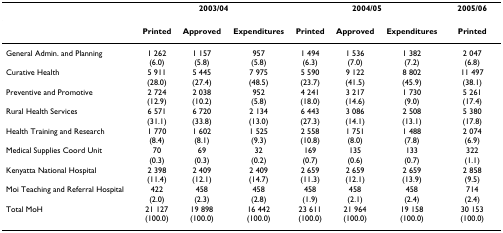
|  | <COLSPAN=3> 2003/04 | <COLSPAN=3> 2004/05 | 2005/06 |
 | --- | --- | --- | --- | --- | --- | --- | --- |
 |  | Printed | Approved | Expenditures | Printed | Approved | Expenditures | Printed |
 | General Admin. and Planning | 1 262(6.0) | 1 157(5.8) | 957(5.8) | 1 494(6.3) | 1 536(7.0) | 1 382(7.2) | 2 047(6.8) |
 | Curative Health | 5 911(28.0) | 5 445(27.4) | 7 975(48.5) | 5 590(23.7) | 9 122(41.5) | 8 802(45.9) | 11 497(38.1) |
 | Preventive and Promotive | 2 724(12.9) | 2 038(10.2) | 952(5.8) | 4 241(18.0) | 3 217(14.6) | 1 730(9.0) | 5 261(17.4) |
 | Rural Health Services | 6 571(31.1) | 6 720(33.8) | 2 134(13.0) | 6 443(27.3) | 3 086(14.1) | 2 508(13.1) | 5 380(17.8) |
 | Health Training and Research | 1 770(8.4) | 1 602(8.1) | 1 525(9.3) | 2 558(10.8) | 1 751(8.0) | 1 488(7.8) | 2 074(6.9) |
 | Medical Supplies Coord Unit | 70(0.3) | 69(0.3) | 32(0.2) | 169(0.7) | 135(0.6) | 133(0.7) | 322(1.1) |
 | Kenyatta National Hospital | 2 398(11.4) | 2 409(12.1) | 2 409(14.7) | 2 659(11.3) | 2 659(12.1) | 2 659(13.9) | 2 858(9.5) |
 | Moi Teaching and Referral Hospital | 422(2.0) | 458(2.3) | 458(2.8) | 458(1.9) | 458(2.1) | 458(2.4) | 714(2.4) |
 | Total MoH | 21 127(100.0) | 19 898(100.0) | 16 442(100.0) | 23 611(100.0) | 21 964(100.0) | 19 158(100.0) | 30 153(100.0) |